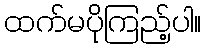
ထက်မပိုကြည့်ပါ။